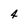
Character: 4